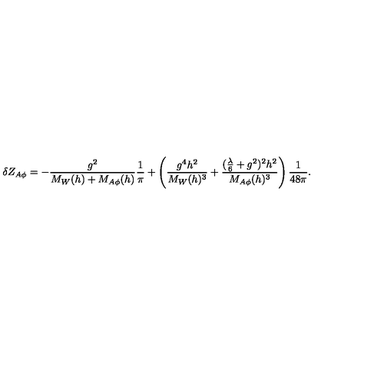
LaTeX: \delta Z _ { A \phi } = - \frac { g ^ { 2 } } { M _ { W } ( h ) + M _ { A \phi } ( h ) } \frac { 1 } { \pi } + \left( \frac { g ^ { 4 } h ^ { 2 } } { M _ { W } ( h ) ^ { 3 } } + \frac { ( \frac { \lambda } { 6 } + g ^ { 2 } ) ^ { 2 } h ^ { 2 } } { M _ { A \phi } ( h ) ^ { 3 } } \right) \frac { 1 } { 4 8 \pi } .